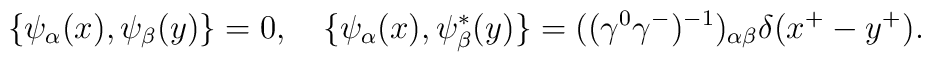
\{{\psi}_{\alpha}(x),{\psi}_{\beta}(y)\}=0, \quad \{{\psi}_{\alpha}(x),{\psi}_{\beta}^{\ast}(y)\}=(({\gamma}^0{\gamma}^-)^{-1})_{{\alpha}{\beta}}{\delta}(x^+-y^+).